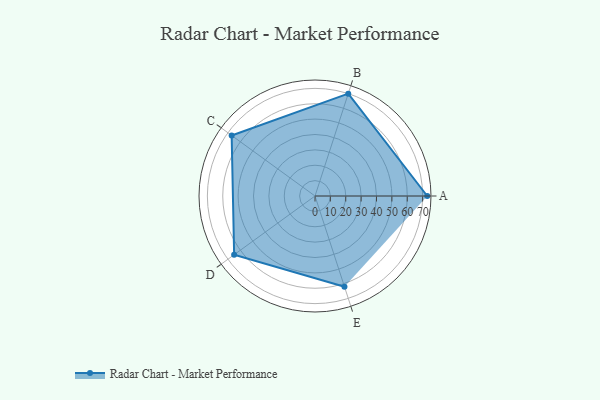
{"axis": {"x": "Skill", "y": "Score"}, "legend": ["Profile"], "data": [{"x": "A", "y": 73.0, "type": "Profile"}, {"x": "B", "y": 70.0, "type": "Profile"}, {"x": "C", "y": 67.0, "type": "Profile"}, {"x": "D", "y": 65.0, "type": "Profile"}, {"x": "E", "y": 62.0, "type": "Profile"}]}